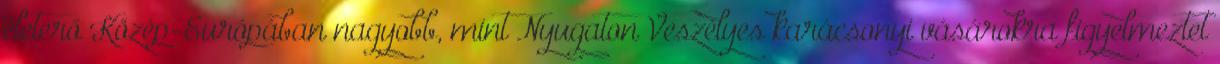
életerő Közép-Európában nagyobb, mint Nyugaton Veszélyes karácsonyi vásárokra figyelmeztet